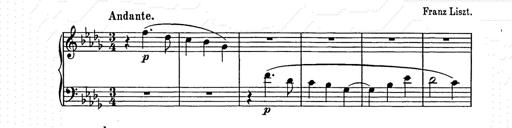
Title: Weihnachtsbaum
Composer: Franz Liszt